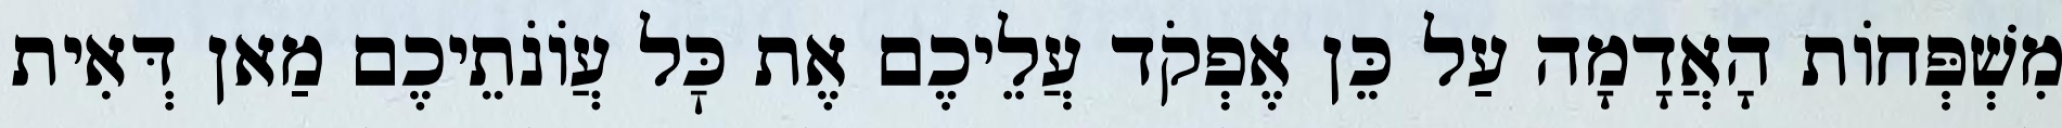
מִשְׁפְּחוֹת הָאֲדָמָה עַל כֵּן אֶפְקֹד עֲלֵיכֶם אֶת כׇּל עֲוֹנֹתֵיכֶם מַאן דְּאִית